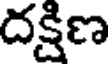
దక్షిణ